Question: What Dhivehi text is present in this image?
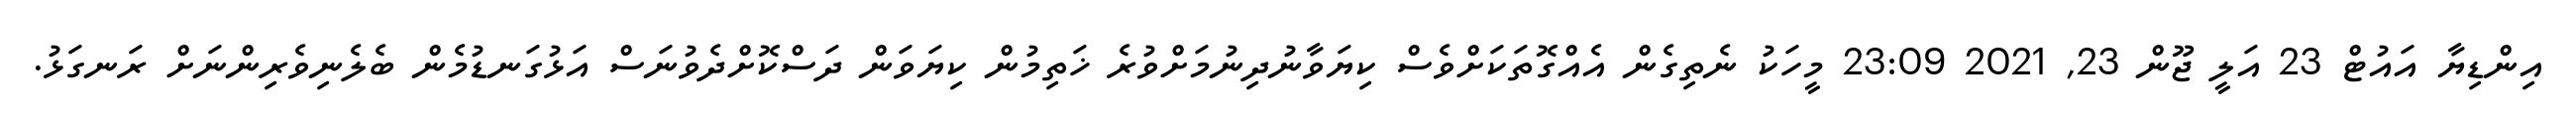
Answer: އިންޑިޔާ އައުޓް 23 އަލީ ޖޫން 23, 2021 23:09 މީހަކު ނެތިގެން އެއްގޮތަކަށްވެސް ކިޔަވާނުދިނުމަށްވުރެ ޚަތިމުން ކިޔަވަން ދަސްކޮށްދެވުނަސް އަޅުގަނޑުމެން ބެލެނިވެރިންނަށް ރަނގަޅު.